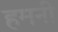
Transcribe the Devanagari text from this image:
हमनी